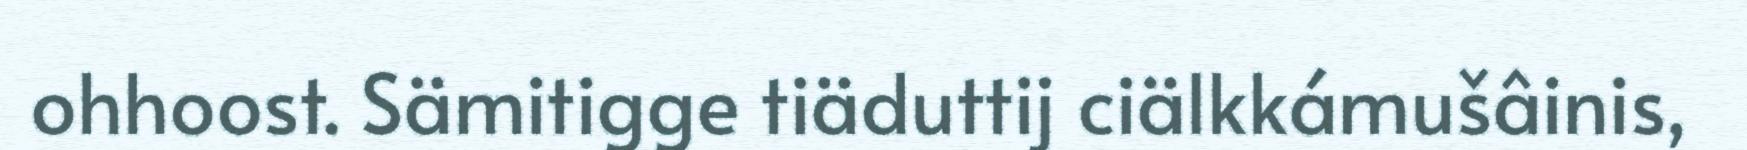
ohhoost. Sämitigge tiäduttij ciälkkámušâinis,